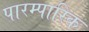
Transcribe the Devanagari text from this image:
पारम्पारिक